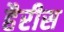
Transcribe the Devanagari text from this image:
हैरीस